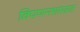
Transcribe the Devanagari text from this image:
विपणनशास्त्रात